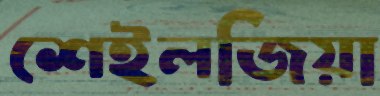
শেইলজিয়া